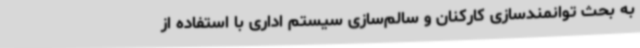
به بحث توانمندسازی کارکنان و سالم‌سازی سیستم اداری با استفاده از